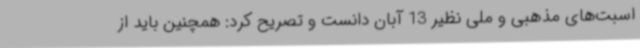
اسبت‌های مذهبی و ملی نظیر 13 آبان دانست و تصریح کرد: همچنین باید از